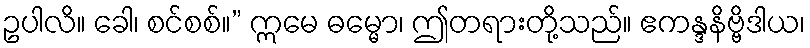
ဥပါလိ။ ခေါ၊ စင်စစ်။” ဣမေ ဓမ္မော၊ ဤတရားတို့သည်။ ဧကန္ဒနိဗ္ဗိဒါယ၊